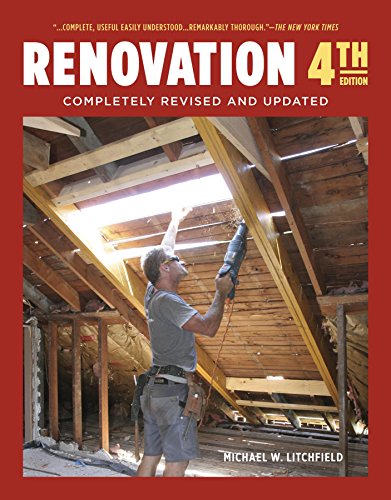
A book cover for Renovation 4th Edition: Completely Revised and Updated; Michael Litchfield; Engineering & Transportation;